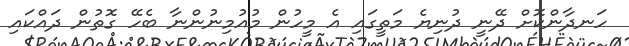
ހަނދާންކޮށް ދޭނީ ދުނިޔެ މަތީގައި އެ މީހުން މުއުމިނުންނާ ބެހޭ ގޮތުން ދައްކައި